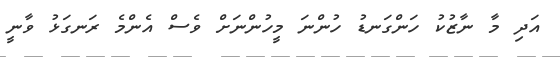
އަދި މާ ނާޒުކު ހަންގަނޑު ހުންނަ މީހުންނަށް ވެސް އެންމެ ރަނގަޅު ވާނީ